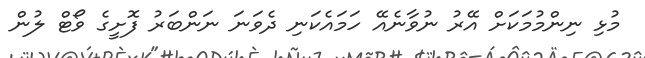
މުޅި ނިންމުމަކަށް އޭރު ނުވާނެއޭ ހަމައެކަނި ދެވަނަ ނަންބަރު ފޮށީގެ ވޯޓް ލުން